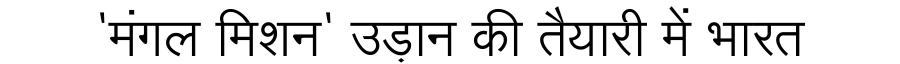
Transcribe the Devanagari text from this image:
'मंगल मिशन' उड़ान की तैयारी में भारत